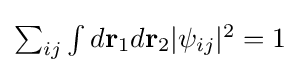
{\textstyle \sum _{ij}\int d\mathbf {r} _{1}d\mathbf {r} _{2}|\psi _{ij}|^{2}=1}